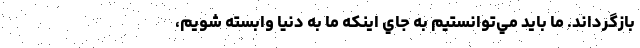
بازگرداند. ما بايد مي‌توانستيم به جاي اينكه ما به دنيا وابسته شويم،